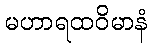
မဟာရထဝိမာနံ